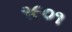
૧૯૦૧